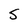
Character: S